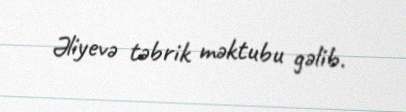
Əliyevə təbrik məktubu gəlib.